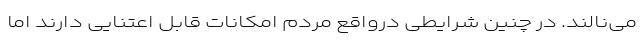
می‌نالند. در چنین شرایطی درواقع مردم امکانات قابل اعتنایی دارند اما